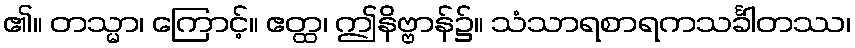
၏။ တသ္မာ၊ ကြောင့်။ ဧတ္ထ၊ ဤနိဗ္ဗာန်၌။ သံသာရစာရကသင်္ခါတဿ၊